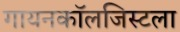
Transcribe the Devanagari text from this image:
गायनकॉलजिस्टला